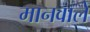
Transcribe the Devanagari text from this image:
मानवाले